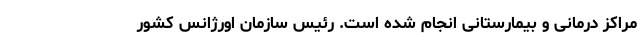
مراکز درمانی و بیمارستانی انجام شده است. رئیس سازمان اورژانس کشور